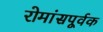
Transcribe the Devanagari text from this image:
रोमांसपूर्वक